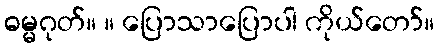
ဓမ္မဂုတ်။ ။ ပြောသာပြောပါ ကိုယ်တော်။